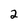
Character: 2